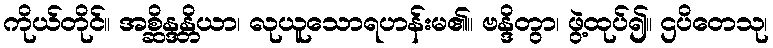
ကိုယ်တိုင်။ အစ္ဆိန္ဒန္တိယာ၊ လုယူသောရဟန်းမ၏။ ဗန္ဒိတွာ၊ ဖွဲ့ထုပ်၍။ ဌပိတေသု၊